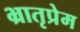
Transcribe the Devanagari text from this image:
भ्रातृप्रेम